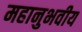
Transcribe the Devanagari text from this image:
महानुभवीय